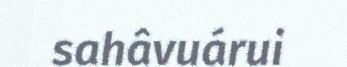
sahâvuárui